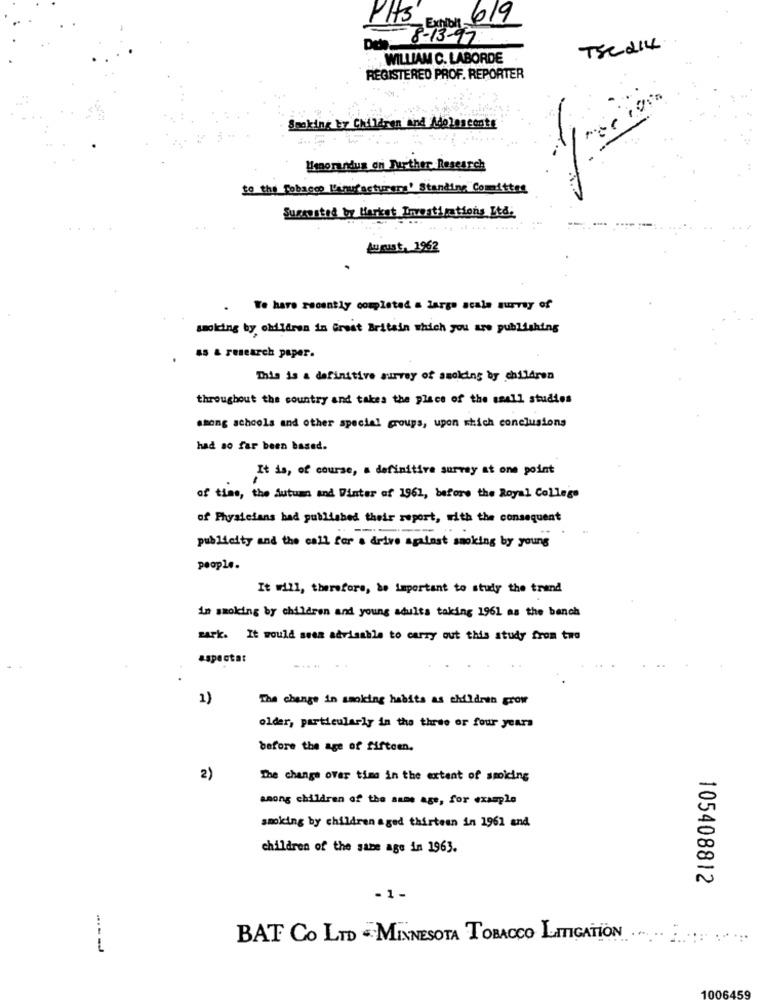
PHS
Exhibit 619
8-13-97
TSC 214
WILLIAM C. LABORDE
REGISTERED PROF. REPORTER
Smoking by Children and Adolescents
Honorandus on Further Research
10 the Tobacco l'inufacturers' Standing Committee
Sussusted by Market Inestimations Ltd.
August, 1962
.We have recently completed a large scale survey of
smoking by children in Great Britain which you are publishing
65 & research paper.
This is a definitive survey of smoking by children
throughout the country and takes the place of the small studies
ssong schools and other speciel groups, upon which conclusions
had so far been based.
It is, of course, a definitiva survay at one point
of time, the Autumn and Winter of 1961, before the Royal College
of Physicians had published their report, with the consequent
publicity and the call for a drive against smoking by young
people.
It will, therefore, be important to study the trend
in smoking by children and young adults taking 1961 as the bench
zark. It would seem advisable to carry out this study from two
aspecta:
..
1)
The change in smoking habits as children grow
older, particularly in the three or four years
before the age of fifteen.
2)
The change over time in the extent of smoicing
among children of the same age, for example
smoking by children aged thirteen in 1961 and
children of the same age in 1963.
105408812
-1 -
BAT Co LTD - MINNESOTA TOBACCO LITIGATION ......
---